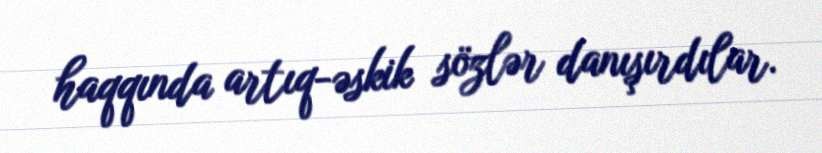
haqqında artıq-əskik sözlər danışırdılar.